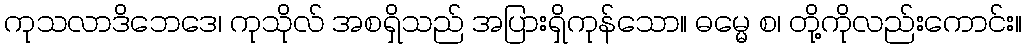
ကုသလာဒိဘေဒေ၊ ကုသိုလ် အစရှိသည် အပြားရှိကုန်သော။ ဓမ္မေ စ၊ တို့ကိုလည်းကောင်း။